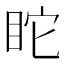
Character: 𥄻